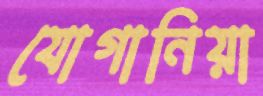
যোগানিয়া